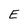
Character: E